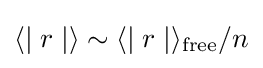
\langle \mid r\mid \rangle \sim \langle \mid r\mid \rangle _{\text{free}}/n